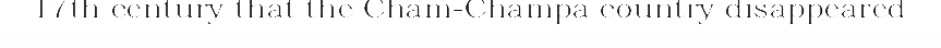
17th century that the Cham-Champa country disappeared